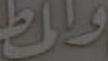
واط